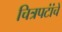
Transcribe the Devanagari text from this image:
चित्रपटांंचे